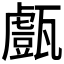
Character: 𤮙